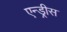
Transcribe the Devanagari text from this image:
एन्ड्रीस